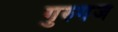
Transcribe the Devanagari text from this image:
गुरुगंज